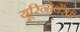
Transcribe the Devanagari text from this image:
यूरिनोथेरेपी